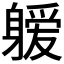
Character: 𰹆